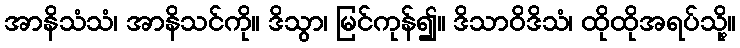
အာနိသံသံ၊ အာနိသင်ကို။ ဒိသွာ၊ မြင်ကုန်၍။ ဒိသာဝိဒိသံ၊ ထိုထိုအရပ်သို့။